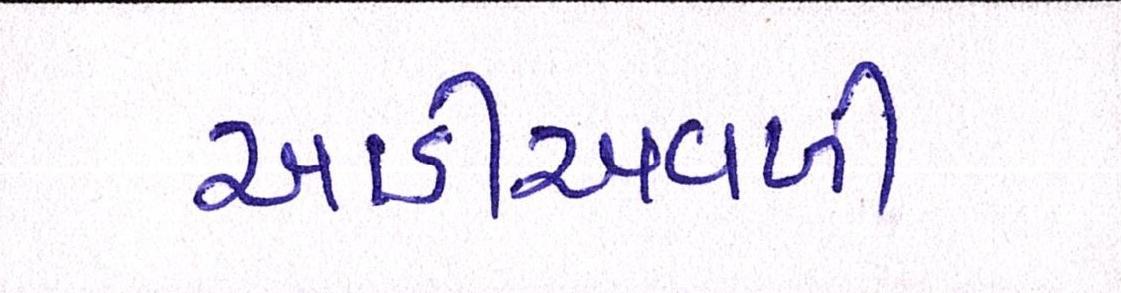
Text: આડીઅવળી